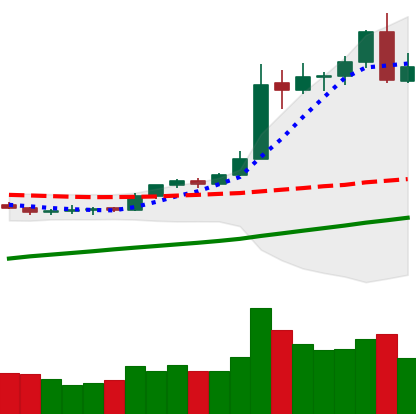
Ticker: BTC-USD
Chart end date: 2020-08-03
Forward return: 4.514%
Label: up_3_5